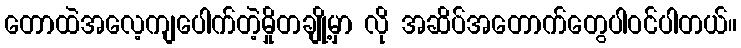
တောထဲအလေ့ကျပေါက်တဲ့မှိုတချို့မှာ လို အဆိပ်အတောက်တွေပါဝင်ပါတယ်။